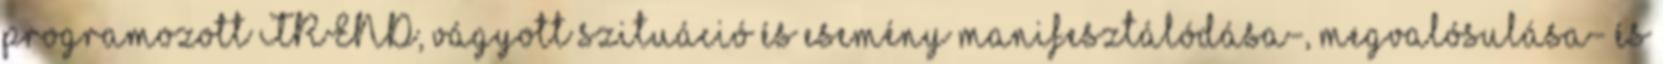
programozott TREND, vágyott szituáció és esemény manifesztálódása-, megvalósulása- és